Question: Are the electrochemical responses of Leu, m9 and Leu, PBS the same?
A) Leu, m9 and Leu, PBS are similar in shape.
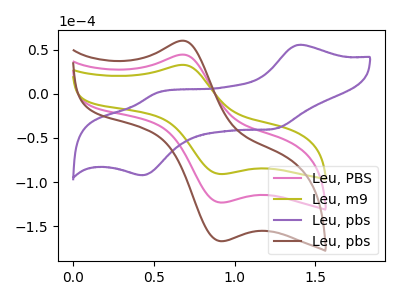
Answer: <think>The pink curve "Leu, PBS" has an anodic peak at (0.65V, 44.30uA) and a cathodic peak at (0.90V, -123.10uA). The olive curve "Leu, m9" has an anodic peak at (0.65V, 32.70uA) and a cathodic peak at (0.90V, -90.85uA). The purple curve "Leu, pbs" has anodic peaks at (1.40V, 55.50uA) (0.55V, 1.55uA) and cathodic peaks at (1.25V, -39.70uA) (0.45V, -92.25uA). The brown curve "Leu, pbs" has an anodic peak at (0.65V, 88.65uA) and a cathodic peak at (0.90V, -246.20uA).
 All the peaks in "Leu, m9" have a peak in "Leu, PBS" at the same potential. Every peak in "Leu, m9" is lower than every peak in "Leu, PBS".</think>
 <answer>A) "Leu, m9" and "Leu, PBS" are similar in shape.</answer>
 <eval>A</eval>